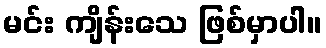
မင်း ကျိန်းသေ ဖြစ်မှာပါ။